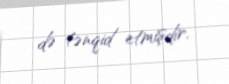
də tənqid etmişdir.